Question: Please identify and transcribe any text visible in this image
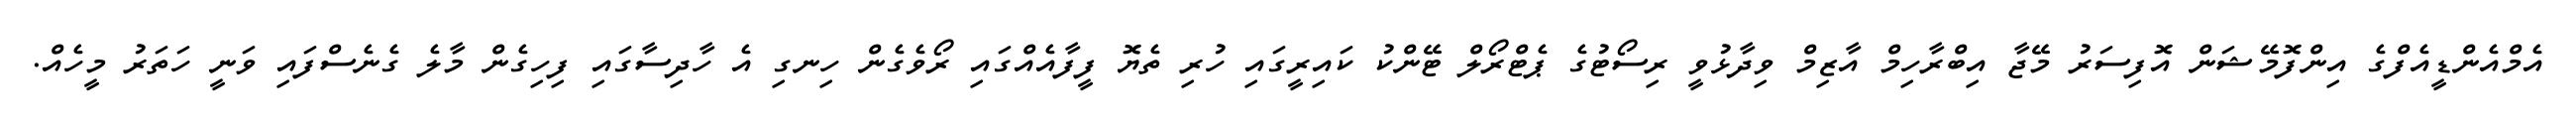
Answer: އެމްއެންޑީއެފްގެ އިންފޮމޭޝަން އޮފިސަރު މޭޖާ އިބްރާހިމް އާޒިމް ވިދާޅުވީ ރިސޯޓުގެ ޕެޓްރޯލް ޓޭންކު ކައިރީގައި ހުރި ތެޔޮ ފީފާއެއްގައި ރޯވެގެން ހިނގި އެ ހާދިސާގައި ފިހިގެން މާލެ ގެނެސްފައި ވަނީ ހަތަރު މީހެއް.